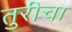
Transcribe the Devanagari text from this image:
तुरीचा